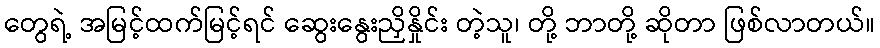
တွေရဲ့ အမြင့်ထက်မြင့်ရင် ဆွေးနွေးညှိနှိုင်း တဲ့သူ၊ တို့ ဘာတို့ ဆိုတာ ဖြစ်လာတယ်။